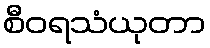
စီဝရသံယုတာ